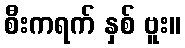
စီးကရက် နှစ် ဗူး။